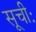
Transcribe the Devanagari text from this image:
सूचीः